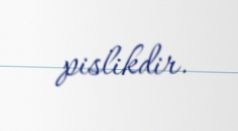
pislikdir.